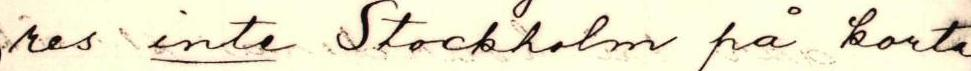
res inte Stockholm få korta